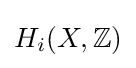
H_{i}(X,\mathbb {Z} )